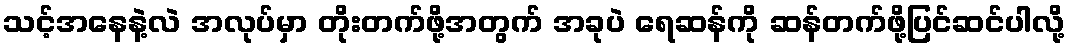
သင့်အနေနဲ့လဲ အလုပ်မှာ တိုးတက်ဖို့အတွက် အခုပဲ ရေဆန်ကို ဆန်တက်ဖို့ပြင်ဆင်ပါလို့